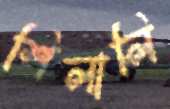
শিলালি